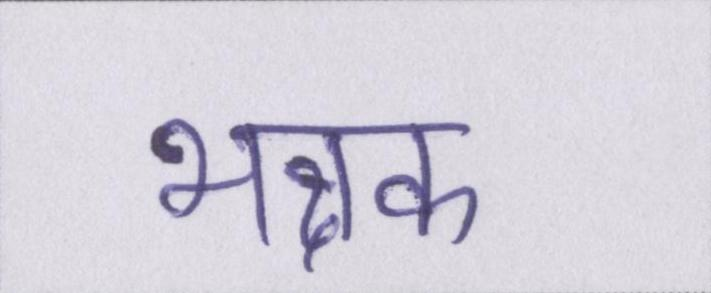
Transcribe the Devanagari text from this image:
भक्षक